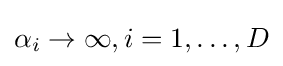
\alpha _{i}\rightarrow \infty ,i=1,\ldots ,D